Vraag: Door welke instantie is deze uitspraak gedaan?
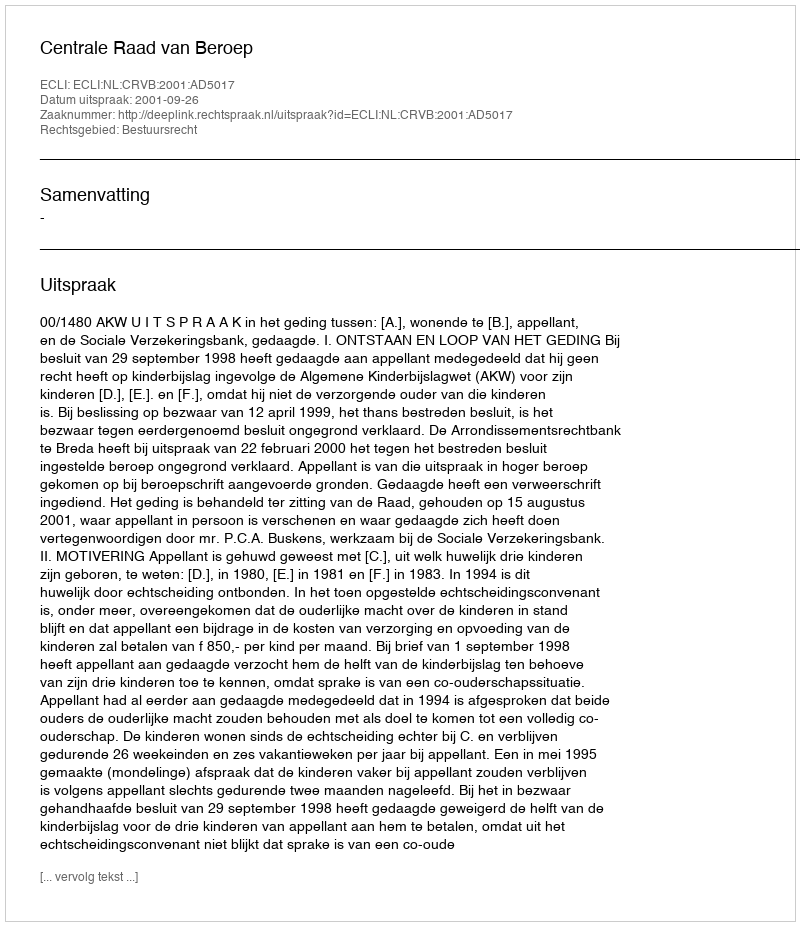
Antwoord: Centrale Raad van Beroep